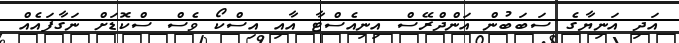
އަދި އަނިޔާގެ ސަބަބުން އަންދްރޭސް އިނިއެސްޓާ އާއި އިސްކޯ ވެސް ސްކޮޑަށް ނަގާފައެއް